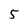
Character: 5